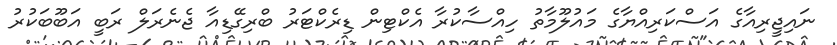
ނައިޖީރިއާގެ އަސްކަރިއްޔާގެ މައުލޫމާތު ހިއްސާކުރާ އެކްޓިން ޑިރެކްޓަރު ބްރިގޭޑިއާ ޖެނެރަލް ރަބީ އަބޫބަކުރު